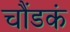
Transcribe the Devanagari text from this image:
चौंडकं